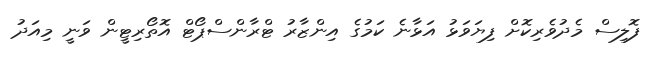
ފޮލިސް މެދުވެރިކޮށް ފިޔަވަޅު އަޅާނެ ކަމުގެ އިންޒާރު ޓްރާންސްޕޯޓް އޮތޯރިޓީން ވަނީ މިއަދު